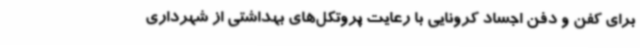
برای کفن و دفن اجساد کرونایی با رعایت پروتکل‌های بهداشتی از شهرداری